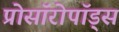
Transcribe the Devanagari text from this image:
प्रोसॉरोपॉड्स